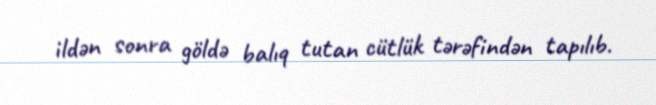
ildən sonra göldə balıq tutan cütlük tərəfindən tapılıb.